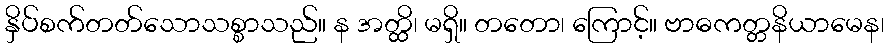
နှိပ်စက်တတ်သောသစ္စာသည်။ န အတ္ထိ၊ မရှိ။ တတော၊ ကြောင့်။ ဗာဓကတ္တနိယာမေန၊